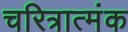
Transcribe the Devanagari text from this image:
चरित्रात्मंक